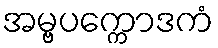
အမ္ဗပက္ကောဒကံ